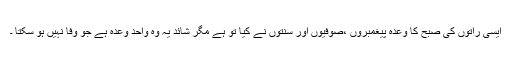
ایسی راتوں کی صبح کا وعدہ پیغمبروں ،صوفیوں اور سنتوں نے کیا تو ہے مگر شائد یہ وہ واحد وعدہ ہے جو وفا نہیں ہو سکتا ۔